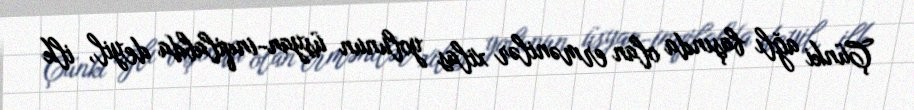
Çünki ağlı başında olan ermənilər xilas yolunun üsyan-inqilabda deyil, ilk